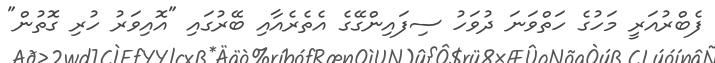
ފެބްރުއަރީ މަހުގެ ހަތްވަނަ ދުވަހު ސިފައިންގޭގެ އެތެރެއާއި ބޭރުގައި "އޮއިވަރު ހުރި ގޮތުން"